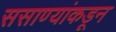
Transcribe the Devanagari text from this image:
ससाण्यांकडून